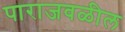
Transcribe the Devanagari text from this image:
पाराजवळील